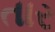
તાર